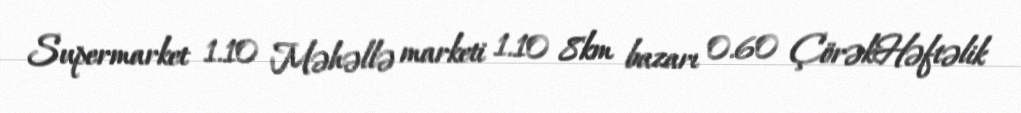
Supermarket 1.10 Məhəllə marketi 1.10 8km bazarı 0.60 ÇörəkHəftəlik